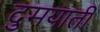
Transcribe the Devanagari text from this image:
दुमयाती